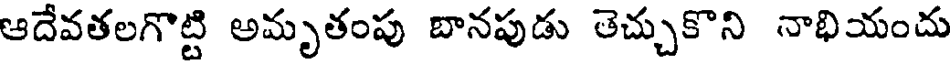
ఆదేవతలగొట్టి అమృతంపు బానపుడు తెచ్చుకొని నాభియందు